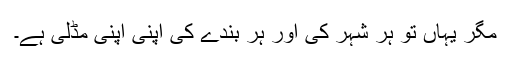
مگر یہاں تو ہر شہر کی اور ہر بندے کی اپنی اپنی مڈلی ہے۔